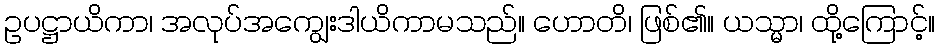
ဥပဋ္ဌာယိကာ၊ အလုပ်အကျွေးဒါယိကာမသည်။ ဟောတိ၊ ဖြစ်၏။ ယသ္မာ၊ ထို့ကြောင့်။